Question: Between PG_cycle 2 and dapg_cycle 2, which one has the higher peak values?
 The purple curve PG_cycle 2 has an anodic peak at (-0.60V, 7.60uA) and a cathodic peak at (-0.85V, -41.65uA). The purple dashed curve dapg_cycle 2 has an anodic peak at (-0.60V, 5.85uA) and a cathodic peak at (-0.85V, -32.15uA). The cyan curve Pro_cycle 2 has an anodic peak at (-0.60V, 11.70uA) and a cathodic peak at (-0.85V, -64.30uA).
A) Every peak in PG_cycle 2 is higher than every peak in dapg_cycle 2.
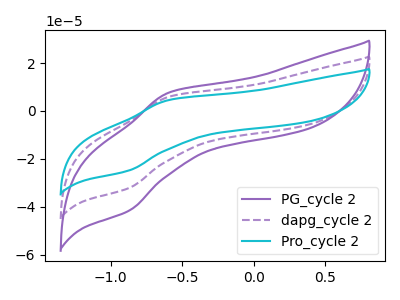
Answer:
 <answer>A) Every peak in "PG_cycle 2" is higher than every peak in "dapg_cycle 2".</answer>
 <eval>A</eval>